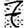
Digit: 7